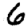
Digit: 6